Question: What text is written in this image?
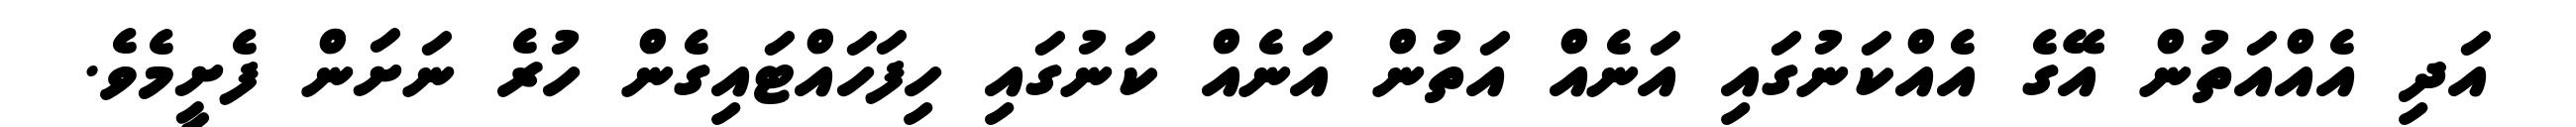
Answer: އަދި އެއްއަތުން އޭގެ އެއްކަނުގައި އަނެއް އަތުން އަނެއް ކަނުގައި ހިފަހައްޓައިގެން ހުރެ ނަށަން ފެށީމެވެ.